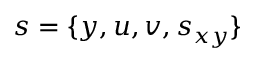
s = \{ y , u , v , s _ { x y } \}